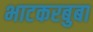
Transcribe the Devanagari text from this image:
भाटकरबुबा